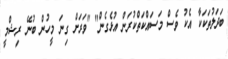
ބަދަލުތަކަކާ އެކު ވެސް މަސައްކަތްކުރަން އުޅެގެން" "ވަރަށް ގިނަ މީހުން ބުނޭ ރިޝްމީ